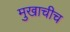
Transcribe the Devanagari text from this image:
मुखाचीच